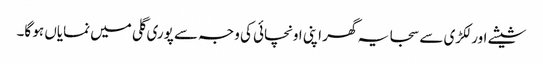
شیشے اور لکڑی سے سجا یہ گھر اپنی اونچائی کی وجہ سے پوری گلی میں نمایاں ہو گا۔